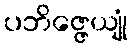
ပဘိဇ္ဇေယျုံ